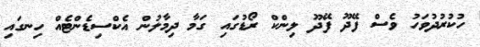
ހުކުރުދުވަހު ވެސް ފޭދޫ ފޭދޫ ލިންކް ރޯޑުގައި ގަމާ ދިމާލުން އެކްސިޑެންޓެއް ހިނގައި